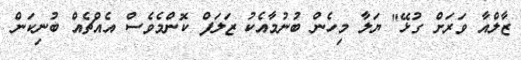
ޒާލްއާ ވަރަށް ގުޅޭ" ޔަލާ މިހެން ބުނުމާއެކު ޒަލަފް ކޮންމެވެސް އެއްޗެއް ބުނިކަން